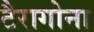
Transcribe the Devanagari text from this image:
टैरागोना